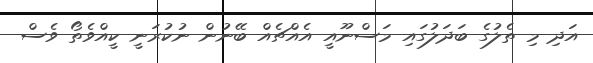
އަދި މި ތެލުގެ ބަދަލުގައި މަސްނޫއީ އެއްޗެއް ބޭނުން ނުކުރަނީ ކީއްވެތޯ ވެސް